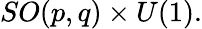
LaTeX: SO(p,q)\times U(1).